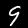
Label: 9